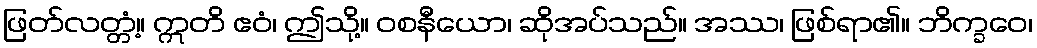
ဖြတ်လတ္တံ့။ ဣတိ ဧဝံ၊ ဤသို့။ ဝစနီယော၊ ဆိုအပ်သည်။ အဿ၊ ဖြစ်ရာ၏။ ဘိက္ခဝေ၊